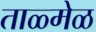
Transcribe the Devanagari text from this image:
ताळ्मेळ